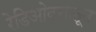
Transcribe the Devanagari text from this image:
रेडिओवृत्तातून